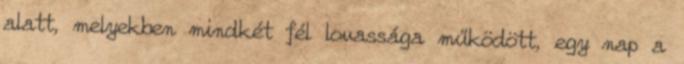
alatt, melyekben mindkét fél lovassága működött, egy nap a